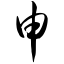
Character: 申